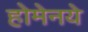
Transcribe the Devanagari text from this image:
होमेनये